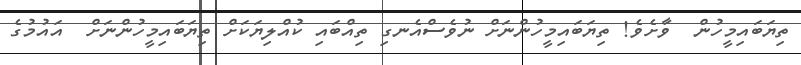
ތިޔަބައިމީހުން  ވާށެވެ! ތިޔަބައިމީހުންނަށް ނުވެސްއެނގި ތިއްބައި ކުއްލިޔަކަށް ތިޔަބައިމީހުންނަށް  އައުމުގެ